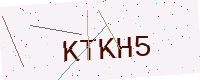
Text: KTKH5